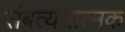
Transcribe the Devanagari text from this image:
संबत्ययात्मक